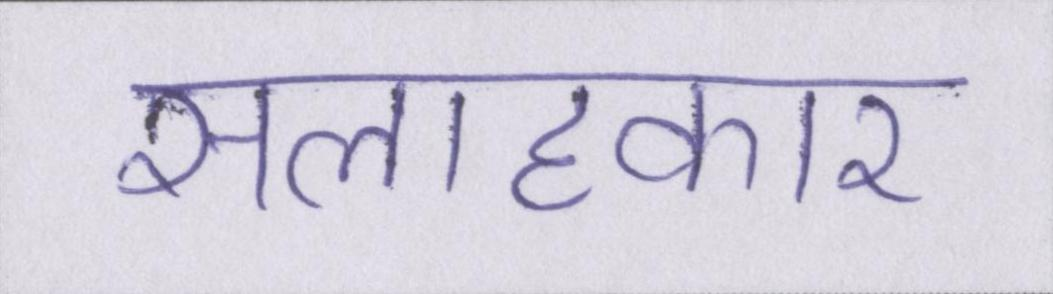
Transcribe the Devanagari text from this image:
सलाहकार